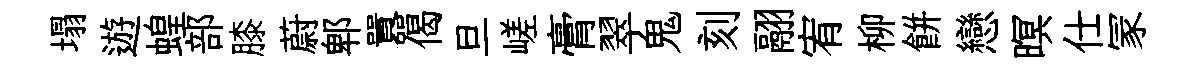
塌遊蝗部膝蔚郫囂偈旦嵯膏翠鬼刻翮宥柳餅戀暝仕冡